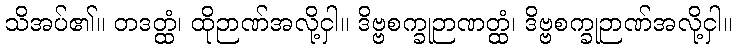
သိအပ်၏။ တဒတ္ထံ၊ ထိုဉာဏ်အလို့ငှါ။ ဒိဗ္ဗစက္ခုဉာဏတ္ထံ၊ ဒိဗ္ဗစက္ခုဉာဏ်အလို့ငှါ။